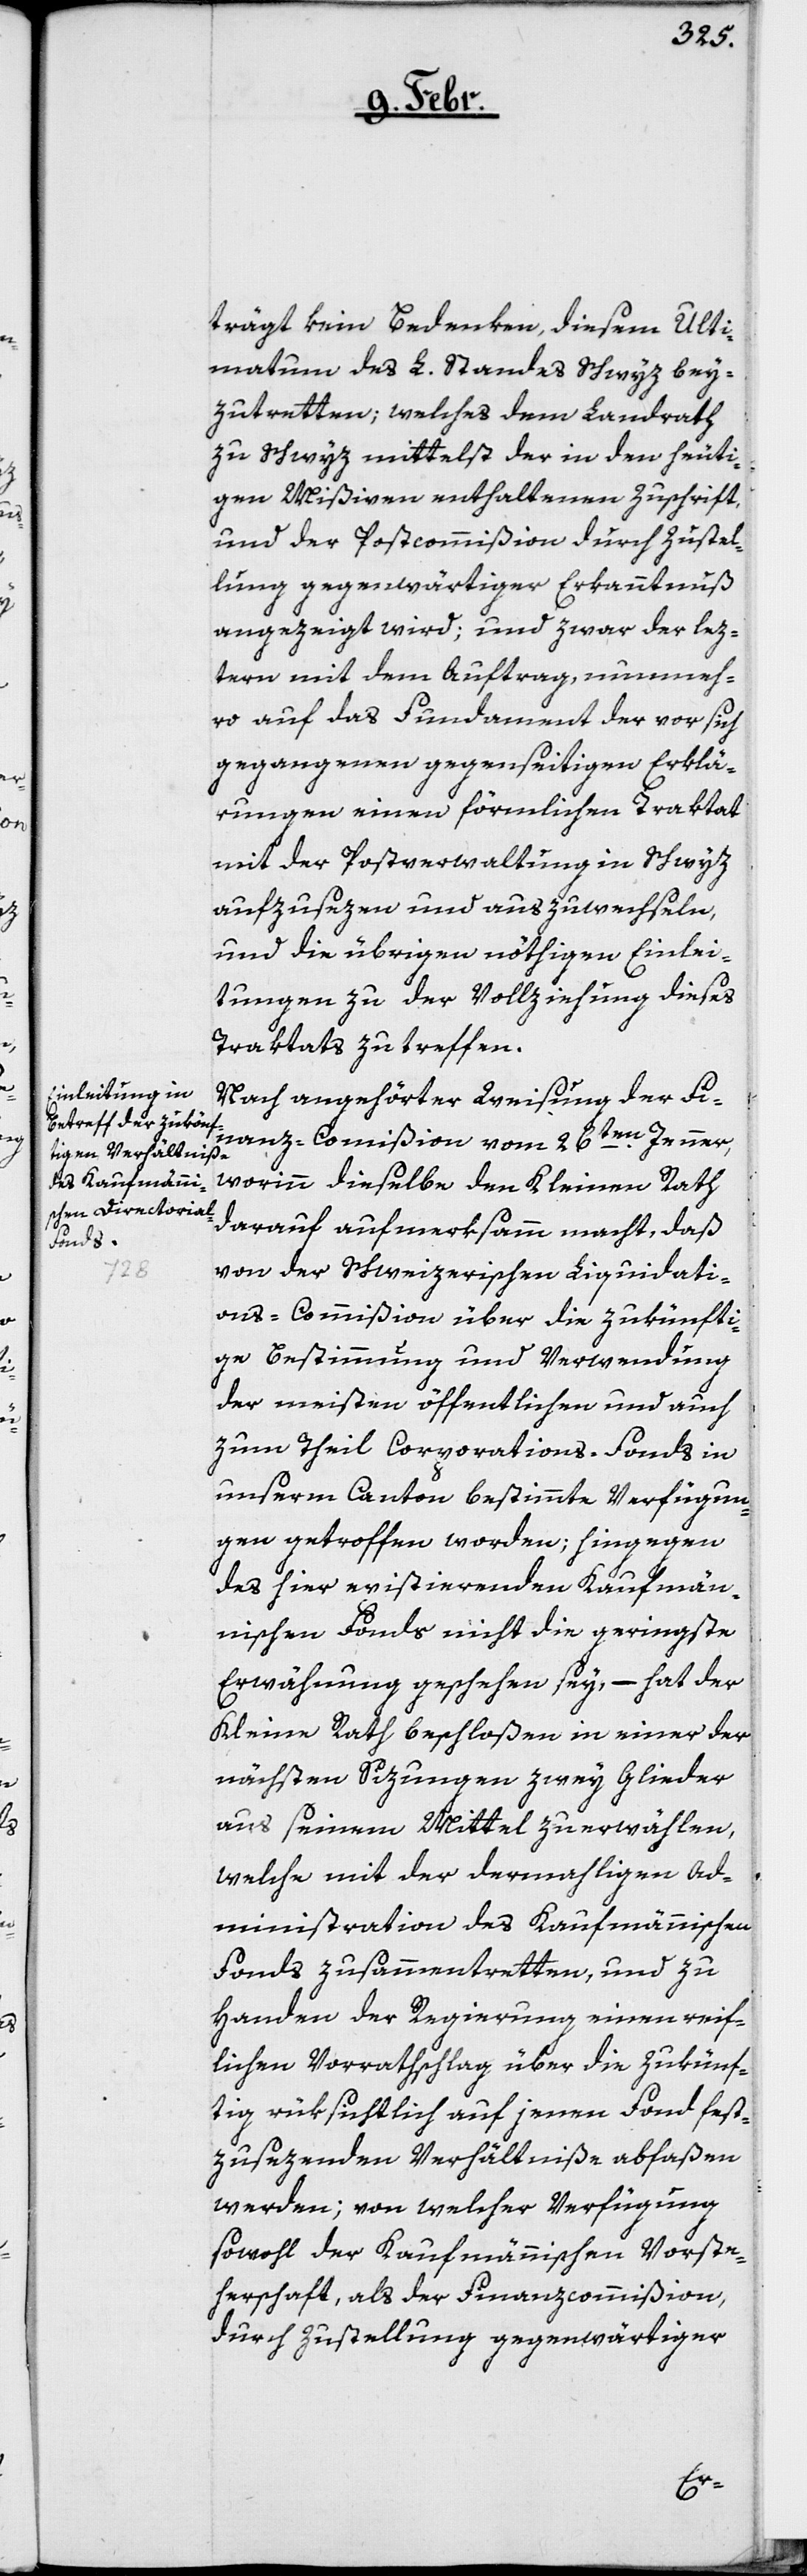
trägt kein Bedenken, diesem Ulti¬
matum des L. Standes Schwyz bey¬
zutretten; welches dem Landrath
zu Schwyz mittelst der in den heuti¬
gen Mißiven enthaltenen Zuschrift,
und der Postcommißion durch Zustel¬
lung gegenwärtiger Erkanntnuß
angezeigt wird; und zwar der letz¬
tern mit dem Auftrag, nunmeh¬
ro auf das Fundament der vor sich
gegangenen gegenseitigen Erklä¬
rungen einen förmlichen Traktat
mit der Postverwaltung in Schwyz
aufzusezen und auszuwechseln,
und die übrigen nöthigen Einlei¬
tungen zu der Vollziehung dieses
Traktats zu treffen.
Nach angehörter Weisung der Fi¬
nanz-Commißion vom 26ten. Jenner,
worinn dieselbe den Kleinen Rath
darauf aufmerksamm macht, daß
von der Schweizerischen Liquidati¬
ons-Commißion über die zukünfti¬
ge Bestimmung und Verwendung
der meisten öffentlichen und auch
zum theil Corporations-Fonds in
unserm Canton bestimmte Verfügun¬
gen getroffen worden; hingegen
des hier existierenden Kaufmän¬
nischen Fonds nicht die geringste
Erwähnung geschehen sey, – hat der
Kleine Rath beschloßen, in einer der
nächsten Sizungen zwey Glieder
aus seinem Mittel zu erwählen,
welche mit der dermahligen Ad¬
ministration des Kaufmännischen
Fonds zusammentretten, und zu
Handen der Regierung einen reif¬
lichen Vorratschlag über die zukünf¬
tig rüksichtlich auf jenen Fonds fest¬
zusezenden Verhältniße abfaßen
werden; von welcher Verfügung
sowohl der Kaufmännischen Vorste¬
herschaft, als der Finanzcommißion,
durch Zustellung gegenwärtiger